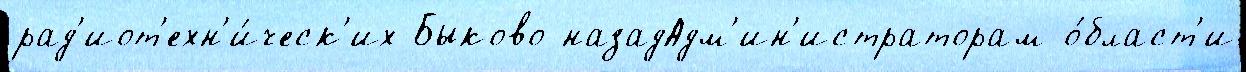
рад'иот'ехн'и́ческ'их Быково назадАдм'ин'истраторам о́бласт'и